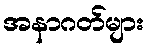
အနာဂတ်များ